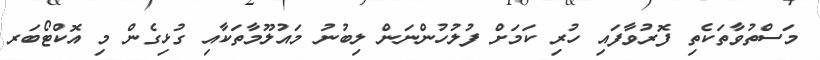
މަސްތުވާތަކެތި ފޮރުވާފައި ހުރި ކަމަށް ފުލުހުންނަން ލިބުނު މައުލޫމާތަކާއި ގުޅިގެން މި އޮކްޓޯބަރ